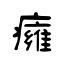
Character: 癕